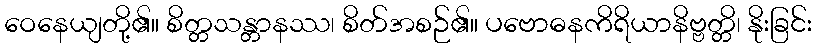
ဝေနေယျတို့၏။ စိတ္တသန္တာနဿ၊ စိတ်အစဉ်၏။ ပဗောဓနကိရိယာနိဗ္ဗတ္တိ၊ နိုးခြင်း